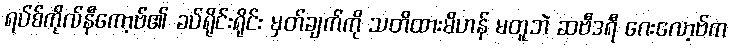
ရပ်စ်ကိုလ်နီကော့ဗ်၏ ခပ်ရိုင်းရိုင်း မှတ်ချက်ကို သတိထားမိဟန် မတူဘဲ ဆဗီဒရီ ဂေးလော့ဗ်က